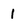
Character: 1